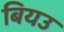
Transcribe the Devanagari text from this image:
बियउ